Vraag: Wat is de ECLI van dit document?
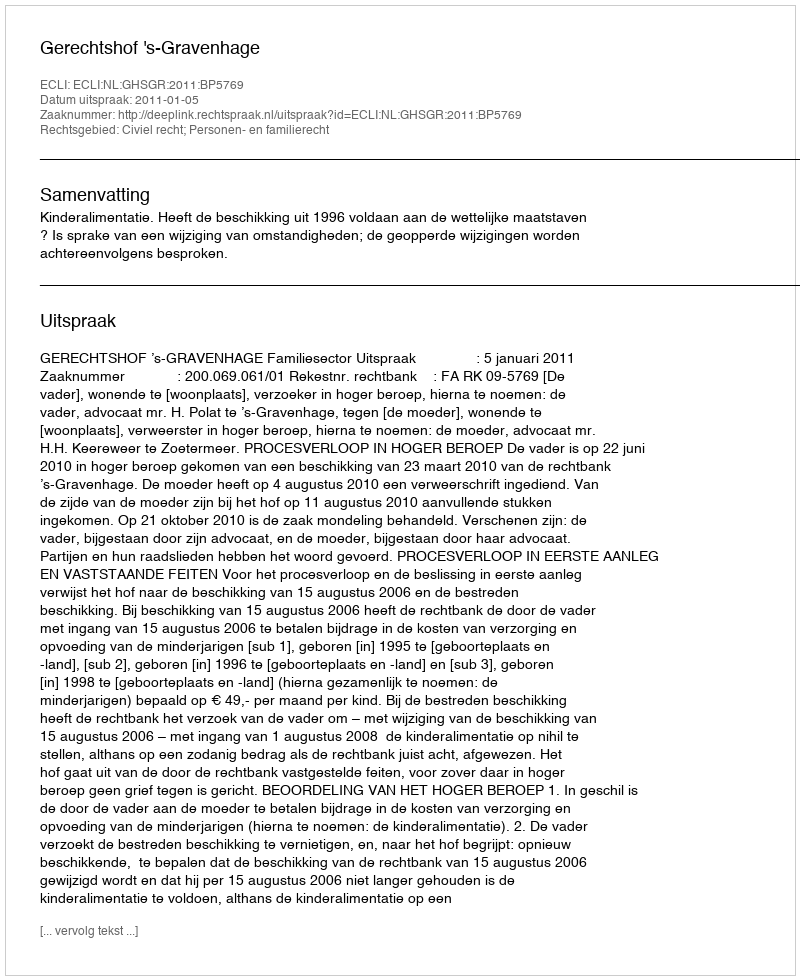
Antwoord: ECLI:NL:GHSGR:2011:BP5769